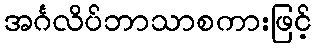
အင်္ဂလိပ်ဘာသာစကားဖြင့်